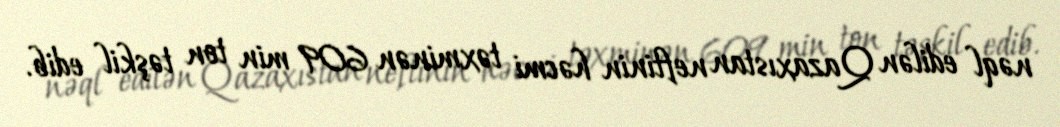
nəql edilən Qazaxıstan neftinin həcmi təxminən 609 min ton təşkil edib.